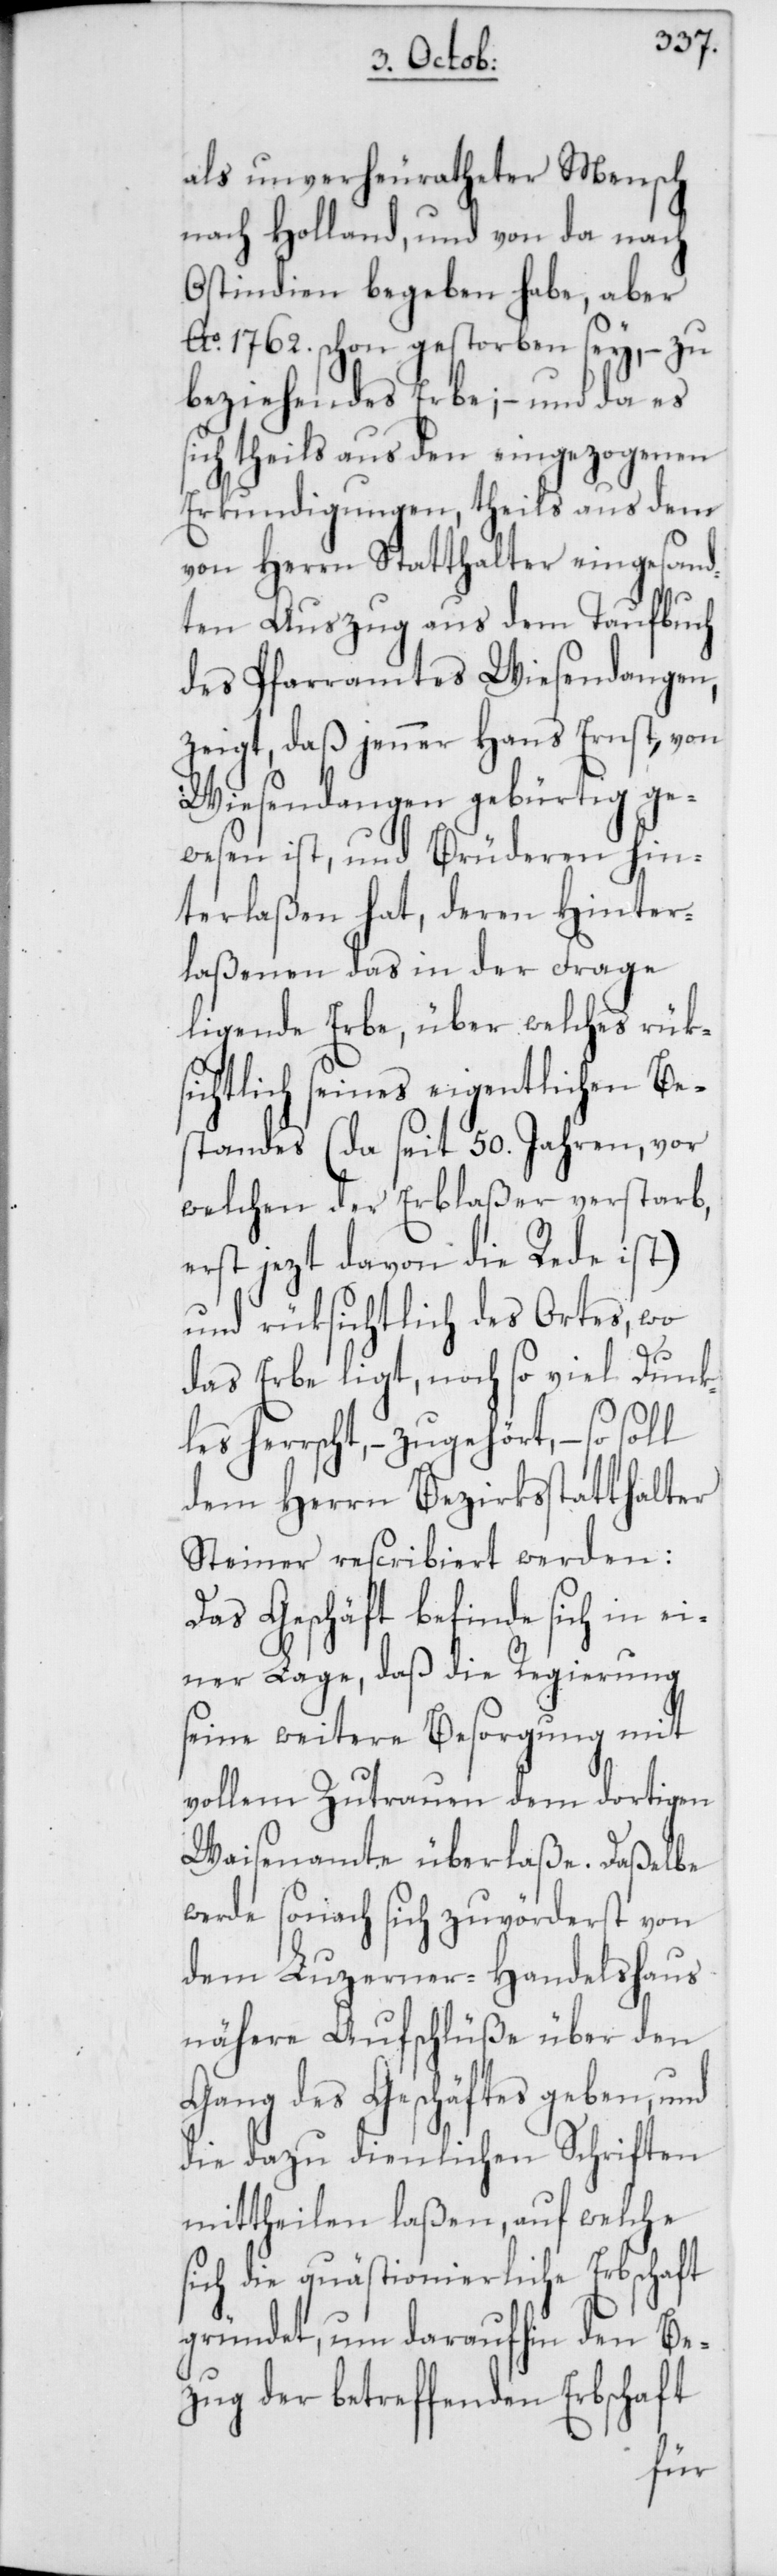
s¬
als unverheuratheter Mensch
nach Holland, und von da nach
Ostindien begeben habe, aber
Ao. 1762. schon gestorben sey, – zu
beziehendes Erbe; – und da es
sich theils aus den eingezogenen
Erkundigungen, theils aus dem
von Herrn Statthalter eingesand¬
ten Auszug aus dem Taufbuch
des Pfarramtes Wiesendangen,
zeigt, daß jenner Hans Ernst, von
Wiesendangen gebürtig ge¬
wesen ist, und Brüderen hin¬
terlaßen hat, deren Hinter¬
laßenen das in der Frage
ligende Erbe, über welches rüks¬
ichtlich seines eigentlichen Be¬
standes (da seit 50. Jahren, vor
welchen der Erblaßer verstarb,
erst jezt davon die Rede ist)
und rüksichtlich des Ortes, wo
das Erbe ligt, noch so viel Dunk¬
les herrscht, – zugehört, – so soll
dem Herrn Bezirksstatthalter
Steiner rescribiert werden:
Das Geschäft befinde sich in ei¬
ner Lage, daß die Regierung
seine weitere Besorgung mit
vollem Zutrauen dem dortigen
Waisenamte überlaße. Daßelbe
werde sonach sich zuvörderst von
dem Luzerner-Handelshaus
nähere Aufschlüße über den
Gang des Geschäftes geben, und
die dazu dienlichen Schriften
mittheilen laßen, auf welche
ich die quästionierliche Erbschaft
gründet, um daraufhin den Be¬
zug der betreffenden Erbschaft